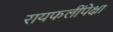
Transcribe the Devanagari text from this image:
रायफलींपेक्षा